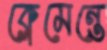
ক্লেমেন্তে